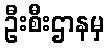
ဦးစီးဌာနမှ